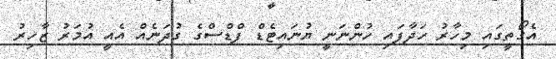
އެގޯތީގައި މިހާރު ހަދާފައި ހުންނަނީ ޔުނައިޓެޑް ފްޑްސްގެ ގުދަނެއް އެއީ އުމަރު ޒާހިރު